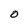
Character: O